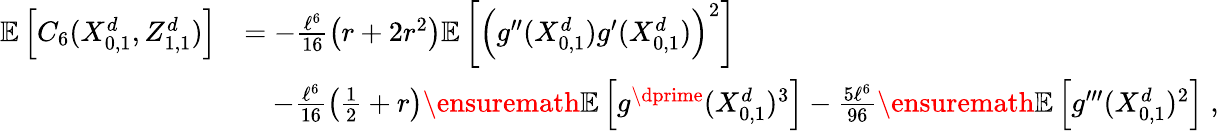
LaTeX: \begin{array}{rl}{\mathbb{E}\left[C_{6}(X_{0,1}^{d},Z_{1,1}^{d})\right]}&{=-\frac{\ell^{6}}{16}\left(r+2r^{2}\right)\mathbb{E}\left[\left(g^{\prime\prime}(X_{0,1}^{d})g^{\prime}(X_{0,1}^{d})\right)^{2}\right]}\\ &{\quad-\frac{\ell^{6}}{16}\left(\frac{1}{2}+r\right)\ensuremath{\mathbb{E}\left[g^{\dprime}(X_{0,1}^{d})^{3}\right]}-\frac{5\ell^{6}}{96}\ensuremath{\mathbb{E}\left[g^{\prime\prime\prime}(X_{0,1}^{d})^{2}\right]}\; ,}\end{array}